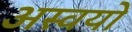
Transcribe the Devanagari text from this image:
अस्वयो